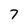
Character: 7